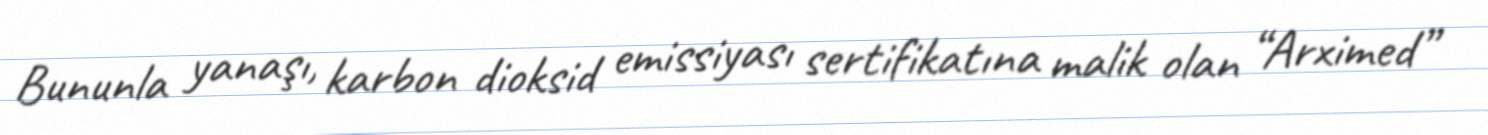
Bununla yanaşı, karbon dioksid emissiyası sertifikatına malik olan “Arximed”